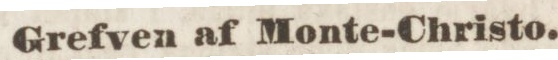
Grefven af Monte-Christo.